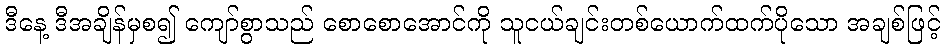
ဒီနေ့ ဒီအချိန်မှစ၍ ကျော်စွာသည် စောစောအောင်ကို သူငယ်ချင်းတစ်ယောက်ထက်ပိုသော အချစ်ဖြင့်